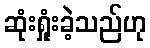
ဆုံးရှုံးခဲ့သည်ဟု